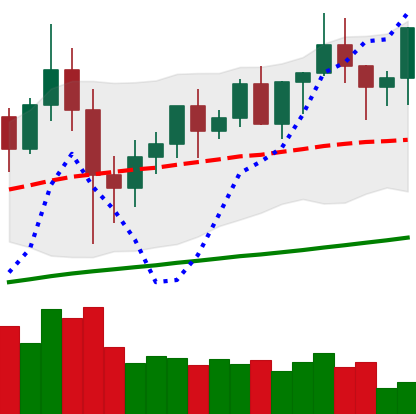
Ticker: XMR-USD
Chart end date: 2020-12-11
Forward return: 12.114%
Label: up_7plus